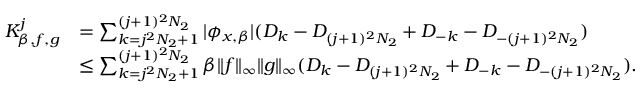
\begin{array} { r l } { K _ { \beta , f , g } ^ { j } } & { = \sum _ { k = j ^ { 2 } N _ { 2 } + 1 } ^ { ( j + 1 ) ^ { 2 } N _ { 2 } } | \phi _ { x , \beta } | ( D _ { k } - D _ { ( j + 1 ) ^ { 2 } N _ { 2 } } + D _ { - k } - D _ { - ( j + 1 ) ^ { 2 } N _ { 2 } } ) } \\ & { \leq \sum _ { k = j ^ { 2 } N _ { 2 } + 1 } ^ { ( j + 1 ) ^ { 2 } N _ { 2 } } \beta \| f \| _ { \infty } \| g \| _ { \infty } ( D _ { k } - D _ { ( j + 1 ) ^ { 2 } N _ { 2 } } + D _ { - k } - D _ { - ( j + 1 ) ^ { 2 } N _ { 2 } } ) . } \end{array}